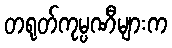
တရုတ်ကုမ္ပဏီများက